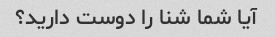
آیا شما شنا را دوست دارید؟